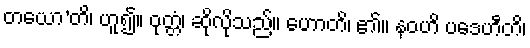
တယော’တိ၊ ဟူ၍။ ဝုတ္တံ၊ ဆိုလိုသည်။ ဟောတိ၊ ၏။ နဝဟိ ပဒေဟီတိ၊